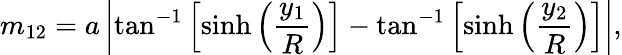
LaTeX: m_{12}=a\left|\tan^{-1}\left[\sinh\left({\frac{y_{1}}{R}}\right)\right]-\tan^{-1}\left[\sinh\left({\frac{y_{2}}{R}}\right)\right]\right|,